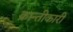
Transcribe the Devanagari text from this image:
क्रान्तीकारी